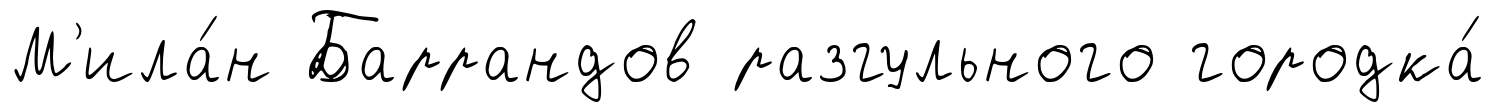
М'ила́н Баррандов разгульного городка́